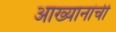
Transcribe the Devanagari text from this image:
आख्यानांची